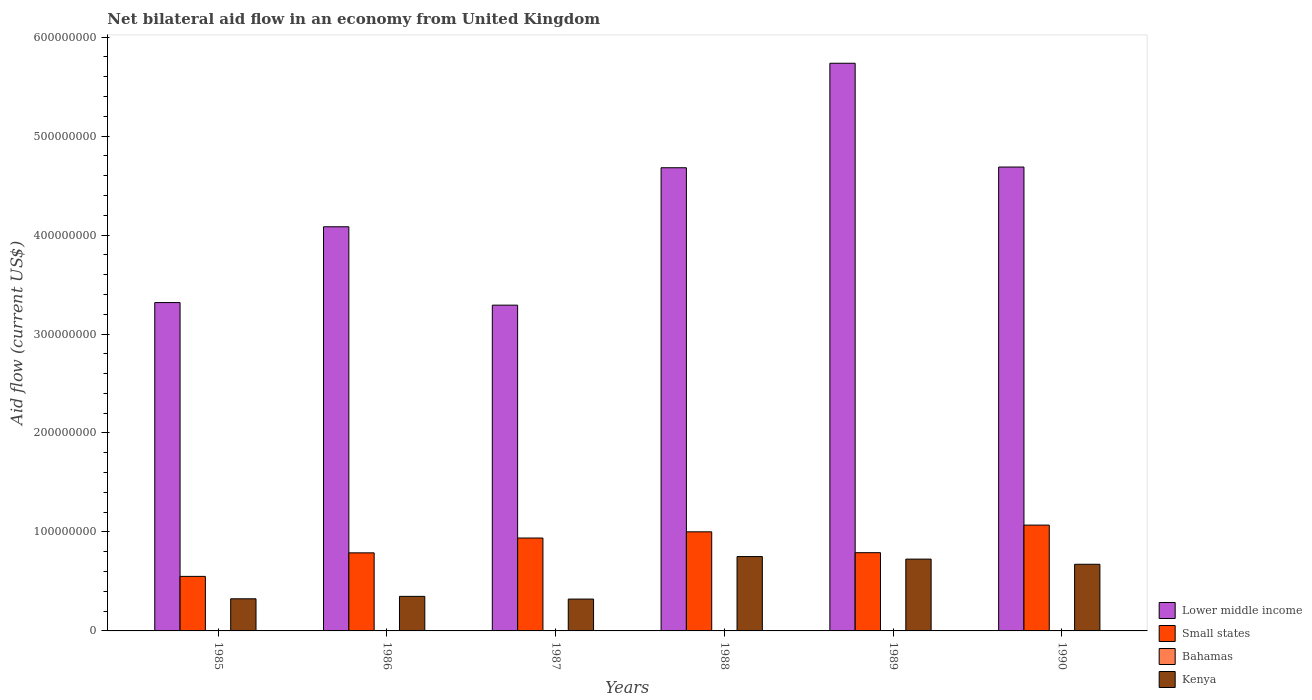
| Years | Lower middle income | Small states | Bahamas | Kenya |
 | --- | --- | --- | --- | --- |
 | 1985 | 3.32e+08 | 5.51e+07 | 1e+04 | 3.25e+07 |
 | 1986 | 4.08e+08 | 7.89e+07 | 1e+04 | 3.49e+07 |
 | 1987 | 3.29e+08 | 9.39e+07 | 2e+04 | 3.22e+07 |
 | 1988 | 4.68e+08 | 1e+08 | 1e+04 | 7.51e+07 |
 | 1989 | 5.74e+08 | 7.91e+07 | 3e+04 | 7.26e+07 |
 | 1990 | 4.69e+08 | 1.07e+08 | 1.4e+05 | 6.73e+07 |